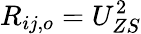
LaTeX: R_{ij,o}=U_{ZS}^{2}